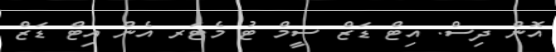
އޮން ދިސް. އިޓް ޑަޒް ސީމް ޓު މެޓަރ އެން އިޓް ޑަޒް